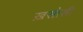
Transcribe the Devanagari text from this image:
ख़सोसी